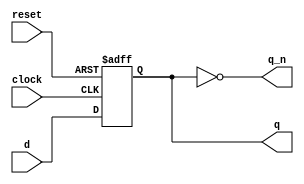
module trng_primitive_async_reg( clock, reset, d, q, q_n);
  input clock, reset, d;
  output q,q_n;

  reg q;
  wire clock, reset, d, q_n;
  
  assign q_n = ~q; 
  
  always @ (posedge clock or posedge reset)
  if (reset) begin
    q <= 1'b0;
  end else begin
    q <= d;
  end

endmodule